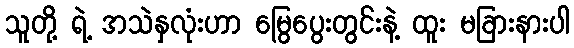
သူတို့ ရဲ့ အသဲနှလုံးဟာ မြွေပွေးတွင်းနဲ့ ထူး မခြားနားပါ